Civil Veterinary Dept. Bombay admin report 1932-41 - 1932-1941
Year: 1932
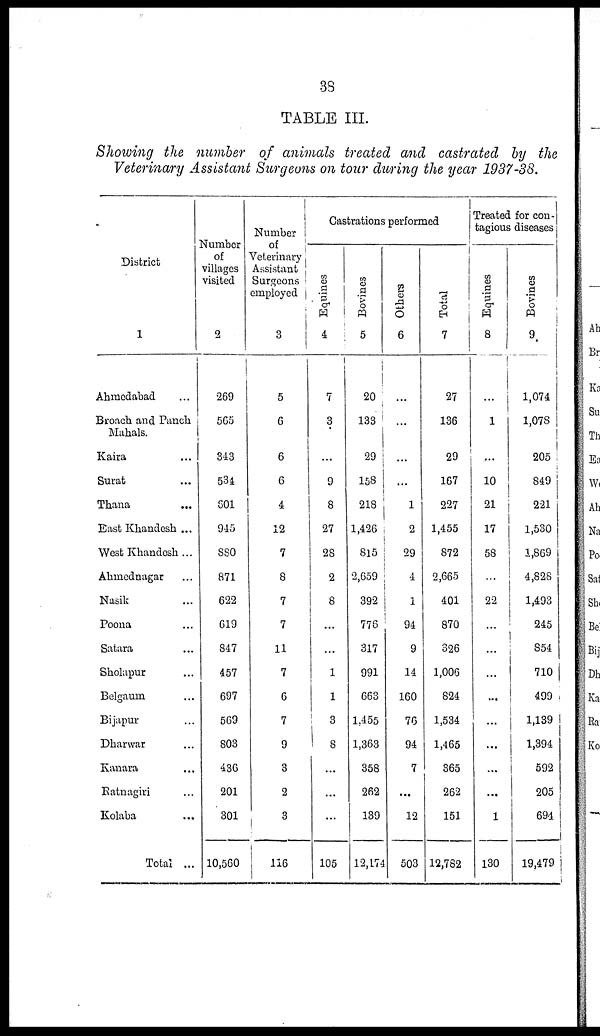
38
TABLE III.
Showing the number of animals treated and castrated by the
Veterinary Assistant Surgeons on tour during the year 1937-38.
District
1
Ahmedabad ...
Broach and Panch
Mahals.
Kaira ...
Surat ...
Thana ...
East Khandesh ...
West Khandesh ...
Ahmednagar ...
Nasik ...
Poona ...
Satara ...
Sholapur ...
Belgaum ...
Bijapur ...
Dharwar ...
Kanara ...
Ratnagiri ...
Kolaba ...
Total ...
Number
of
villages
visited
2
269
565
343
534
601
945
880
871
622
619
847
457
697
569
803
436
201
301
10,560
Number
of
Veterinary
Assistant
Surgeons
employed
3
5
6
6
6
4
12
7
8
7
7
11
7
6
7
9
3
2
3
116
Castrations performed
Equines
4
7
3
...
9
8
27
28
2
8
...
...
1
1
3
8
...
...
...
105
Bovines
5
20
133
29
158
218
1,426
815
2,659
392
776
317
991
663
1,455
1,363
358
262
139
12,174
Others
6
...
...
...
...
1
2
29
4
1
94
9
14
160
76
94
7
...
12
503
Total
7
27
136
29
167
227
1,455
872
2,665
401
870
326
1,006
824
1,534
1,465
365
262
151
12,782
Treated for con-
tagious diseases
Equines
8
...
1
....
10
21
17
58
...
22
...
...
...
...
...
...
...
...
1
130
Bovines
9
1,074
1,078
205
849
221
1,530
1,869
4,828
1,493
245
854
710
499
1,139
1,394
592
205
694
19,479